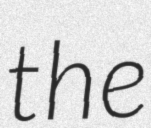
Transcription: the